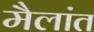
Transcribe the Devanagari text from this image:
मैलांत